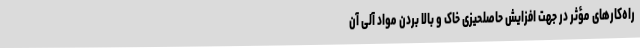
راه‌کارهای مؤثر در جهت افزایش حاصلحیزی خاک و بالا بردن مواد آلی آن